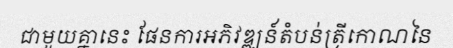
ជាមួយគ្នានេះ ផែនការអភិវឌ្ឍន៍តំបន់ត្រីកោណនៃ